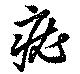
疣